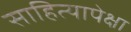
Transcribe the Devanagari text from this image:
साहित्यापेक्षा